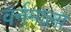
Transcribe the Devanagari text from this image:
वर्नमाला